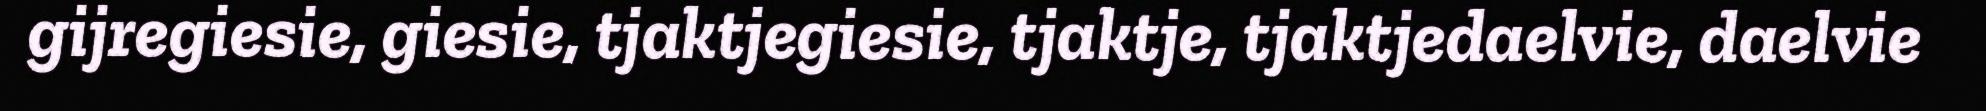
gijregiesie, giesie, tjaktjegiesie, tjaktje, tjaktjedaelvie, daelvie